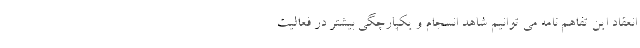
انعقاد این تفاهم نامه می توانیم شاهد انسجام و یکپارچگی بیشتر در فعالیت